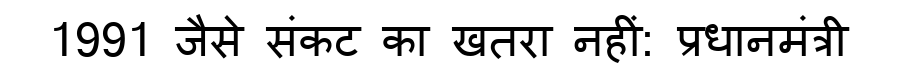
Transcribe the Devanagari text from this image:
1991 जैसे संकट का खतरा नहीं: प्रधानमंत्री